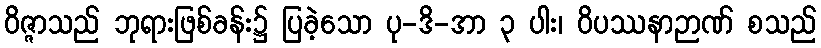
ဝိဇ္ဇာသည် ဘုရားဖြစ်ခန်း၌ ပြခဲ့သော ပု-ဒိ-အာ ၃ ပါး၊ ဝိပဿနာဉာဏ် စသည်